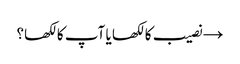
→ نصیب کا لکھا یا آپ کا لکھا؟